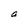
Character: a